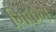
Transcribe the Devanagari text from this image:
मिकेने